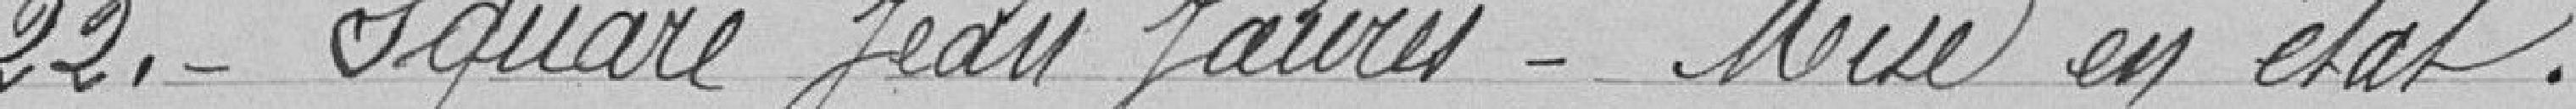
22. - Square Jean Jaurès - Mise en état.